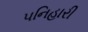
પનિહારી